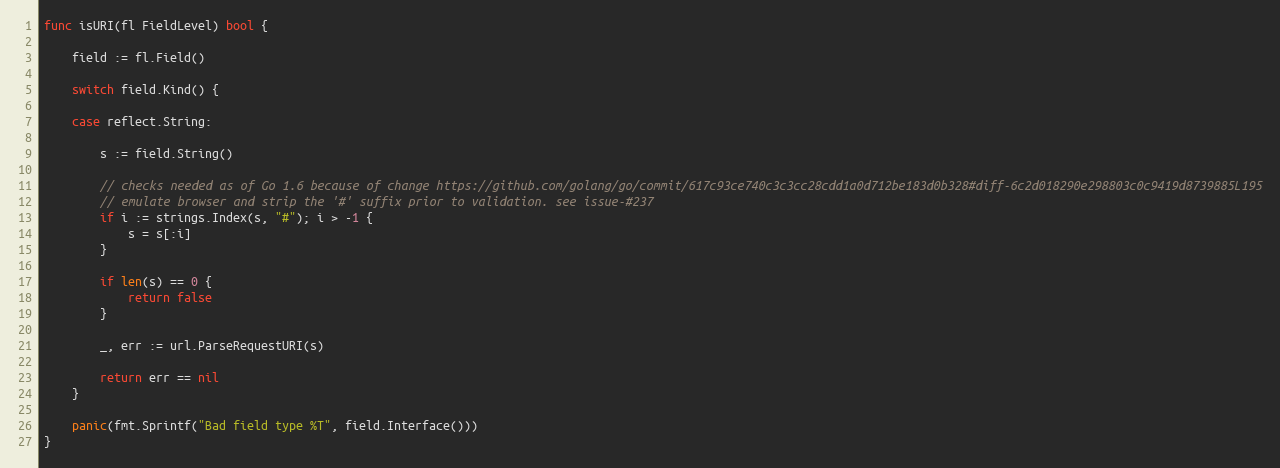
Language: Go
func isURI(fl FieldLevel) bool {

	field := fl.Field()

	switch field.Kind() {

	case reflect.String:

		s := field.String()

		// checks needed as of Go 1.6 because of change https://github.com/golang/go/commit/617c93ce740c3c3cc28cdd1a0d712be183d0b328#diff-6c2d018290e298803c0c9419d8739885L195
		// emulate browser and strip the '#' suffix prior to validation. see issue-#237
		if i := strings.Index(s, "#"); i > -1 {
			s = s[:i]
		}

		if len(s) == 0 {
			return false
		}

		_, err := url.ParseRequestURI(s)

		return err == nil
	}

	panic(fmt.Sprintf("Bad field type %T", field.Interface()))
}